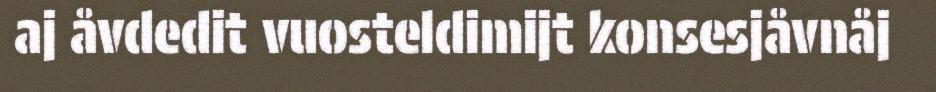
aj åvdedit vuosteldimijt konsesjåvnåj